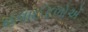
હવાઈદળોએ